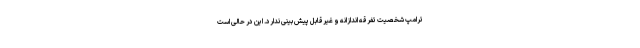
ترامپ شخصیت تفرقه اندازانه و غیرقابل پیش بینی ندارد. این در حالی است